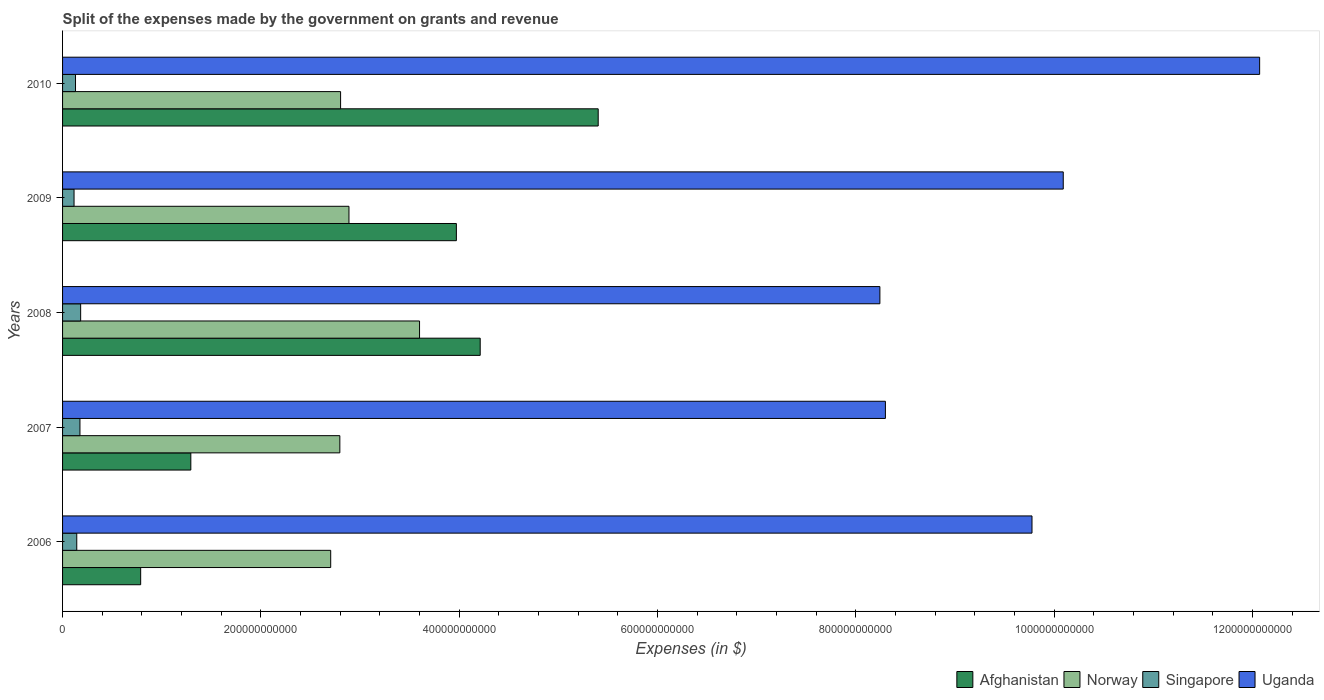
| Years | Afghanistan | Norway | Singapore | Uganda |
 | --- | --- | --- | --- | --- |
 | 2006 | 7.88e+10 | 2.7e+11 | 1.43e+10 | 9.78e+11 |
 | 2007 | 1.29e+11 | 2.8e+11 | 1.75e+10 | 8.3e+11 |
 | 2008 | 4.21e+11 | 3.6e+11 | 1.82e+10 | 8.24e+11 |
 | 2009 | 3.97e+11 | 2.89e+11 | 1.16e+10 | 1.01e+12 |
 | 2010 | 5.4e+11 | 2.8e+11 | 1.31e+10 | 1.21e+12 |